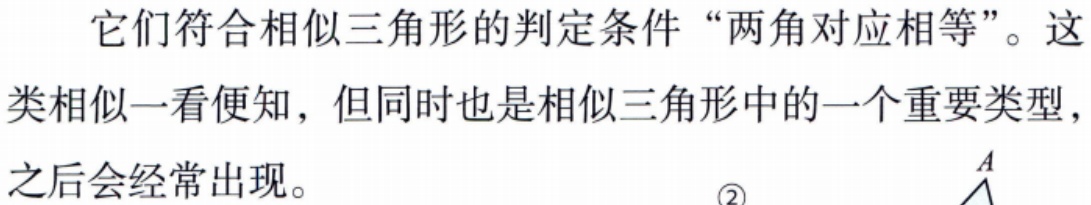
它们符合相似三角形的判定条件 “两角对应相等”。这类相似一看便知，但同时也是相似三角形中的一个重要类型，之后会经常出现。\textcircled{2}$A$